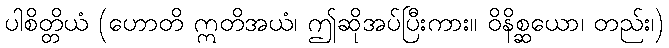
ပါစိတ္တိယံ (ဟောတိ ဣတိအယံ၊ ဤဆိုအပ်ပြီးကား။ ဝိနိစ္ဆယော၊ တည်း၊)